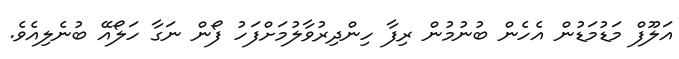
އަލޫފް މަޑުމަޑުން އެހެން ބުނުމުން ރިފާ ހިންދިރުވާލުމަށްފަހު ފޯން ނަގާ ހަލޯއޭ ބުނެލިއެވެ.